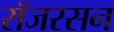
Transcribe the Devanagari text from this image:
रॉजरसन